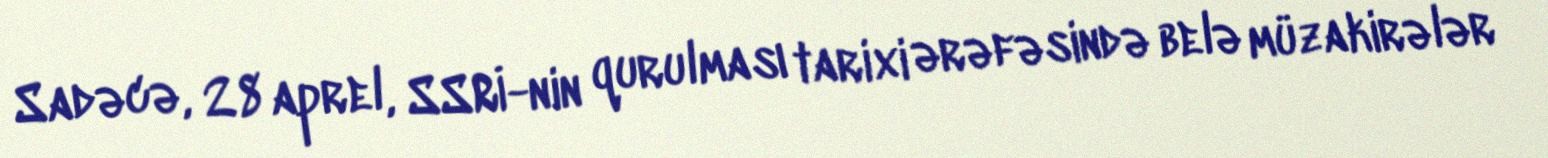
Sadəcə, 28 aprel, SSRİ-nin qurulması tarixi ərəfəsində belə müzakirələr